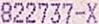
822737-X